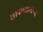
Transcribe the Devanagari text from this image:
छावण्यावरून